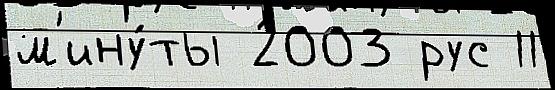
м'ину́ты 2003 рус 11